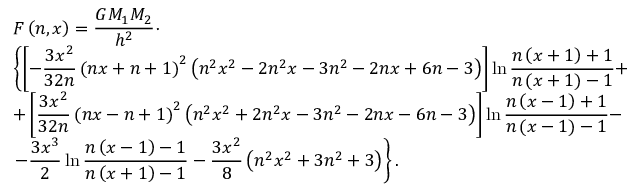
\begin{array} { l c l } { F \left( n , x \right) = \displaystyle \frac { G M _ { 1 } M _ { 2 } } { h ^ { 2 } } \cdot } \\ { \displaystyle \left\lbrace \left[ - \frac { 3 x ^ { 2 } } { 3 2 n } \left( n x + n + 1 \right) ^ { 2 } \left( n ^ { 2 } x ^ { 2 } - 2 n ^ { 2 } x - 3 n ^ { 2 } - 2 n x + 6 n - 3 \right) \right] \ln \frac { n \left( x + 1 \right) + 1 } { n \left( x + 1 \right) - 1 } + \right. } \\ { \displaystyle + \left[ \frac { 3 x ^ { 2 } } { 3 2 n } \left( n x - n + 1 \right) ^ { 2 } \left( n ^ { 2 } x ^ { 2 } + 2 n ^ { 2 } x - 3 n ^ { 2 } - 2 n x - 6 n - 3 \right) \right] \ln \frac { n \left( x - 1 \right) + 1 } { n \left( x - 1 \right) - 1 } - } \\ { \displaystyle \left. - \frac { 3 x ^ { 3 } } { 2 } \ln \frac { n \left( x - 1 \right) - 1 } { n \left( x + 1 \right) - 1 } - \frac { 3 x ^ { 2 } } { 8 } \left( n ^ { 2 } x ^ { 2 } + 3 n ^ { 2 } + 3 \right) \right\rbrace . } \end{array}